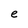
Character: e